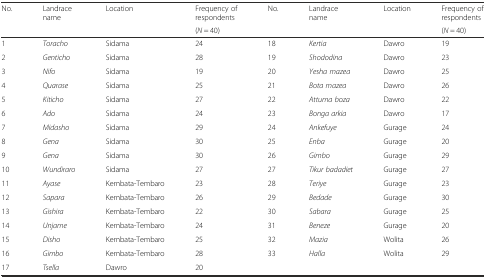
<table><thead><tr><td rowspan="2"><b>No.</b></td><td rowspan="2"><b>Landrace name</b></td><td rowspan="2"><b>Location</b></td><td><b>Frequency of respondents</b></td><td rowspan="2"><b>No.</b></td><td rowspan="2"><b>Landrace name</b></td><td rowspan="2"><b>Location</b></td><td><b>Frequency of respondents</b></td></tr><tr><td><b>(<i>N</i> = 40)</b></td><td><b>(<i>N</i> = 40)</b></td></tr></thead><tbody><tr><td>1</td><td><i>Toracho</i></td><td>Sidama</td><td>24</td><td>18</td><td><i>Kertia</i></td><td>Dawro</td><td>19</td></tr><tr><td>2</td><td><i>Genticho</i></td><td>Sidama</td><td>28</td><td>19</td><td><i>Shododina</i></td><td>Dawro</td><td>23</td></tr><tr><td>3</td><td><i>Nifo</i></td><td>Sidama</td><td>19</td><td>20</td><td><i>Yesha mazea</i></td><td>Dawro</td><td>25</td></tr><tr><td>4</td><td><i>Quarase</i></td><td>Sidama</td><td>25</td><td>21</td><td><i>Bota mazea</i></td><td>Dawro</td><td>26</td></tr><tr><td>5</td><td><i>Kiticho</i></td><td>Sidama</td><td>27</td><td>22</td><td><i>Attuma boza</i></td><td>Dawro</td><td>22</td></tr><tr><td>6</td><td><i>Ado</i></td><td>Sidama</td><td>24</td><td>23</td><td><i>Bonga arkia</i></td><td>Dawro</td><td>17</td></tr><tr><td>7</td><td><i>Midasho</i></td><td>Sidama</td><td>29</td><td>24</td><td><i>Ankefuye</i></td><td>Gurage</td><td>24</td></tr><tr><td>8</td><td><i>Gena</i></td><td>Sidama</td><td>30</td><td>25</td><td><i>Enba</i></td><td>Gurage</td><td>20</td></tr><tr><td>9</td><td><i>Gena</i></td><td>Sidama</td><td>30</td><td>26</td><td><i>Gimbo</i></td><td>Gurage</td><td>29</td></tr><tr><td>10</td><td><i>Wundiraro</i></td><td>Sidama</td><td>27</td><td>27</td><td><i>Tikur badadiet</i></td><td>Gurage</td><td>27</td></tr><tr><td>11</td><td><i>Ayase</i></td><td>Kembata-Tembaro</td><td>23</td><td>28</td><td><i>Teriye</i></td><td>Gurage</td><td>23</td></tr><tr><td>12</td><td><i>Sapara</i></td><td>Kembata-Tembaro</td><td>26</td><td>29</td><td><i>Bedade</i></td><td>Gurage</td><td>30</td></tr><tr><td>13</td><td><i>Gishira</i></td><td>Kembata-Tembaro</td><td>22</td><td>30</td><td><i>Sabara</i></td><td>Gurage</td><td>25</td></tr><tr><td>14</td><td><i>Unjame</i></td><td>Kembata-Tembaro</td><td>24</td><td>31</td><td><i>Beneze</i></td><td>Gurage</td><td>20</td></tr><tr><td>15</td><td><i>Disho</i></td><td>Kembata-Tembaro</td><td>25</td><td>32</td><td><i>Mazia</i></td><td>Wolita</td><td>26</td></tr><tr><td>16</td><td><i>Gimbo</i></td><td>Kembata-Tembaro</td><td>28</td><td>33</td><td><i>Halla</i></td><td>Wolita</td><td>29</td></tr><tr><td>17</td><td><i>Tsella</i></td><td>Dawro</td><td>20</td><td></td><td></td><td></td><td></td></tr></tbody></table>